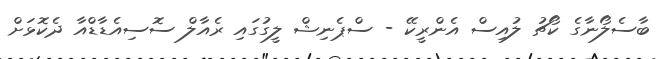
ބާސެލޯނާގެ ކޯޗު ލުއިސް އެންރީކޭ - ސްޕެނިޝް ލީގުގައި ރެއާލް ސޮސިއެޑާޑްއާ ދެކޮޅަށް